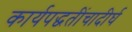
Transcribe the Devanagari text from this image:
कार्यपद्धतींचादीर्घ